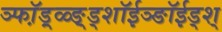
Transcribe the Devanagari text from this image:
ञ्फॉ़ड़्ळ्ङ़्ड्शॉईञ्ङॉईड्श्